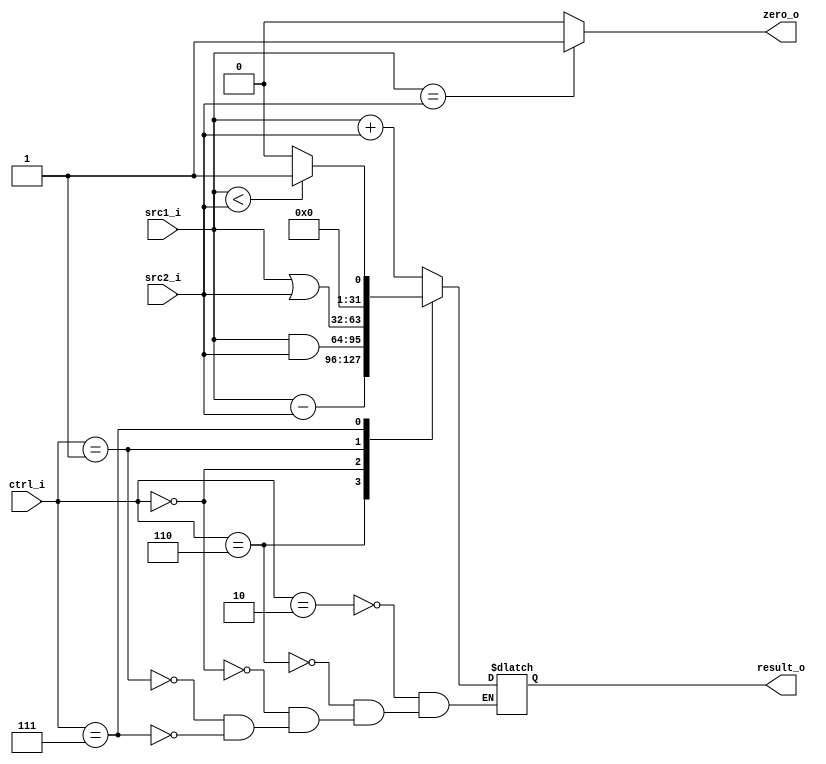
//Subject:     Architecture project 2 - ALU
//--------------------------------------------------------------------------------
//Version:     1
//--------------------------------------------------------------------------------
//Writer:      
//----------------------------------------------
//Date:        
//----------------------------------------------
//Description: 
//--------------------------------------------------------------------------------

module ALU(
    src1_i,
	src2_i,
	ctrl_i,
	result_o,
	zero_o
	);
     
//I/O ports
input signed [32-1:0]  src1_i;
input signed [32-1:0]	 src2_i;
input  [4-1:0]   ctrl_i;

output signed [32-1:0]	 result_o;
output           zero_o;

//Internal signals
reg  signed  [32-1:0]  result_o;
wire             zero_o;

//Parameter
`define ADD 4'b0010
`define SUB 4'b0110
`define AND 4'b0000
`define OR  4'b0001
`define SLT 4'b0111

//Main function

always@(*) begin
	case(ctrl_i)
		`ADD: begin //add and addi
			result_o[31:0] =src1_i[31:0] + src2_i[31:0] ;
		end
		`SUB: begin
			result_o[31:0] =src1_i[31:0] -src2_i[31:0] ;
		end
		`AND : begin
			result_o[31:0] =src1_i[31:0] & src2_i[31:0] ;
		end
		`OR : begin
			result_o[31:0] =src1_i[31:0] | src2_i[31:0] ;
		end
		`SLT: begin //slt and slti 
			if($signed(src1_i[31:0])<$signed(src2_i[31:0])) begin
				result_o [31:0] = 1 ;
			end
			else begin
				result_o [31:0] = 0 ;
			end
		end
	endcase
end
assign zero_o = (src1_i == src2_i)?1:0 ;
endmodule